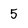
Character: 5